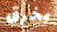
بخرق